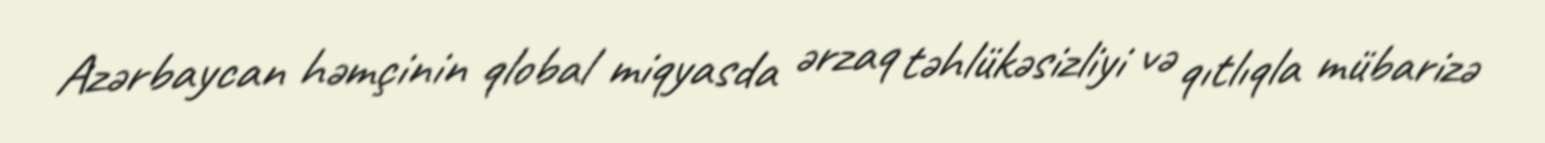
Azərbaycan həmçinin qlobal miqyasda ərzaq təhlükəsizliyi və qıtlıqla mübarizə